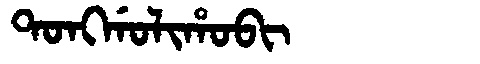
Manchu: ᡨᠣᠩᡤᠣᠯᡳᡥᠣᠪᡳ
Romanization: TONGGOLIHOBI